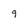
Character: 9